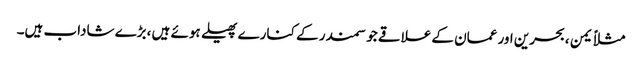
مثلاً یمن ،بحرین اور عمان کے علاقے جو سمندر کے کنارے پھیلے ہوئے ہیں ،بڑے شاداب ہیں۔